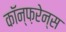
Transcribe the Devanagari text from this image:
कॉन्फ़रेन्स